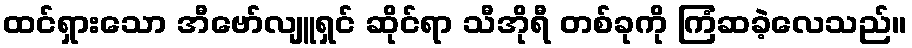
ထင်ရှားသော အီဗော်လျူရှင် ဆိုင်ရာ သီအိုရီ တစ်ခုကို ကြံဆခဲ့လေသည်။